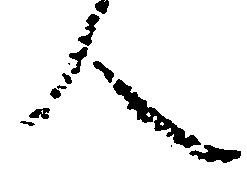
人